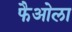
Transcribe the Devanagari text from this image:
फैओला